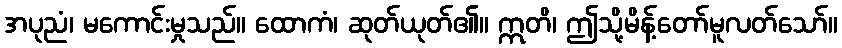
အပုညံ၊ မကောင်းမှုသည်။ ထောကံ၊ ဆုတ်ယုတ်၏။ ဣတိ၊ ဤသို့မိန့်တော်မူလတ်သော်။